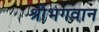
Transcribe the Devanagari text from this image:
श्रीभगवान